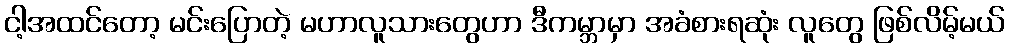
ငါ့အထင်တော့ မင်းပြောတဲ့ မဟာလူသားတွေဟာ ဒီကမ္ဘာမှာ အခံစားရဆုံး လူတွေ ဖြစ်လိမ့်မယ်